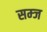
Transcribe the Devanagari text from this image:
सम्ज